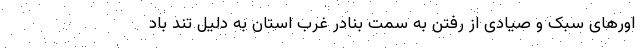
اورهای سبک و صیادی از رفتن به سمت بنادر غرب استان به دلیل تند باد